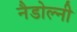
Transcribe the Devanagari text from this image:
नैडोल्नी